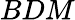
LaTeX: BDM